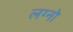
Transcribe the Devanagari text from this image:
लग्नो